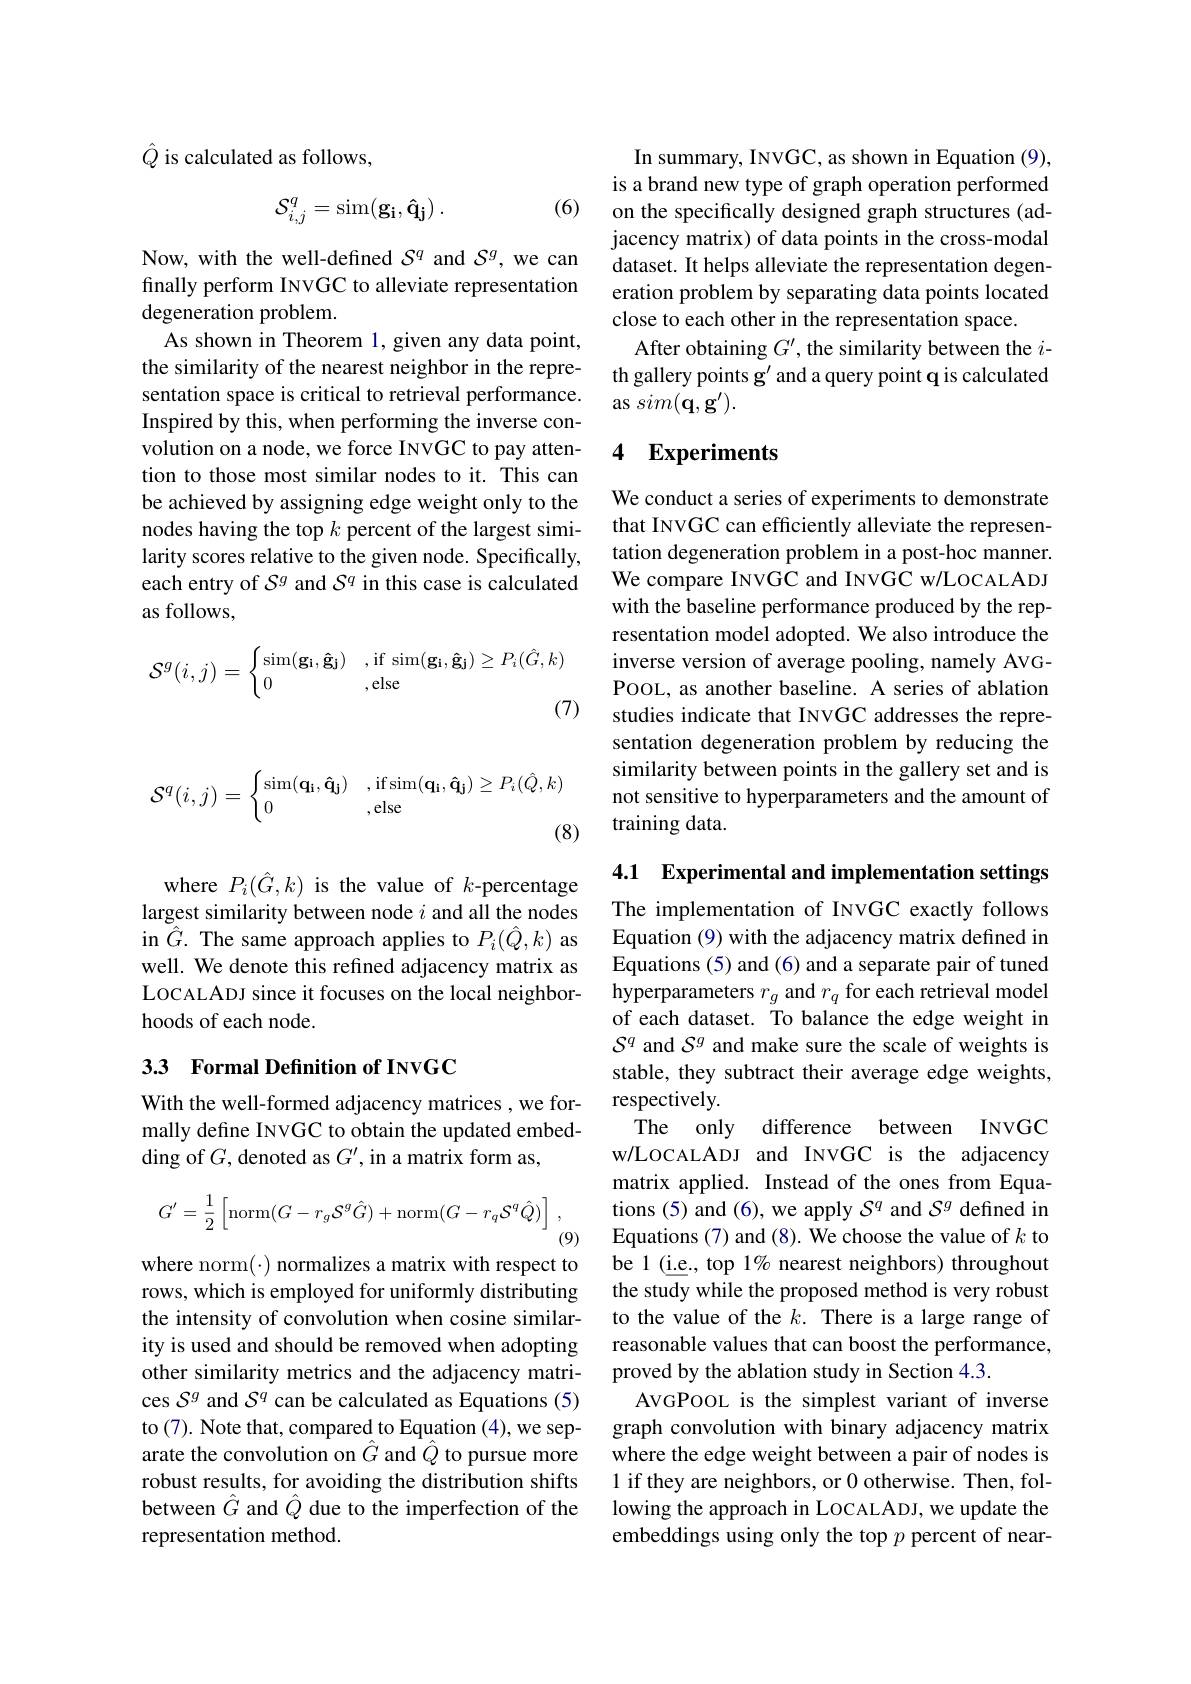
$\hat{Q}$ is calculated as follows,

(6)
$$\mathcal{S}_{i,j}^q=\sin(\mathbf{g_i},\mathbf{\hat{q}_j})\:.$$
Now, with the well-defined $S^q$ and $S^g$, we can finally perform INVGC to alleviate representation degeneration problem.
As shown in Theorem 1, given any data point, the similarity of the nearest neighbor in the representation space is critical to retrieval performance. Inspired by this, when performing the inverse convolution on a node, we force INVGC to pay attention to those most similar nodes to it. This can be achieved by assigning edge weight only to the nodes having the top $k$ percent of the largest similarity scores relative to the given node. Specifically, each entry of $S^g$ and $S^q$ in this case is calculated as follows,
$$\mathcal{S}^g(i,j)=\begin{cases}\sin(\mathbf{g_i},\mathbf{\hat{g_j}})&\text{,if sim}(\mathbf{g_i},\mathbf{\hat{g_j}})\ge P_i(\hat{G},k)\\0&\text{,else}\end{cases}$$
(7)
$$\mathcal{S}^q(i,j)=\begin{cases}\sin(\mathbf{q_i},\mathbf{\hat{q_j}})&\text{,if}\sin(\mathbf{q_i},\mathbf{\hat{q_j}})\ge P_i(\hat{Q},k)\\0&\text{,else}\end{cases}$$
(8)

where $P_i(\hat{G},k)$ is the value of $k$-percentage largest similarity between node $i$ and all the nodes in $\hat{G}.$ The same approach applies to $P_i(\hat{Q},k)$ as well. We denote this refined adjacency matrix as LOCALADJ since it focuses on the local neighborhoods of each node.

## 33 Formal Definition of INVGC

With the well-formed adjacency matrices , we formally define INVGC to obtain the updated embedding of $G$,denoted as $G^\prime$, in a matrix form as,
$$G'=\frac{1}{2}\left[\mathrm{norm}(G-r_{g}\mathcal{S}^{g}\hat{G})+\mathrm{norm}(G-r_{q}\mathcal{S}^{q}\hat{Q})\right],$$
(9)

where norm(·) normalizes a matrix with respect to rows, which is employed for uniformly distributing the intensity of convolution when cosine similarity is used and should be removed when adopting other similarity metrics and the adjacency matrices $S^g$ and $S^q$ can be calculated as Equations (5) to (7). Note that, compared to Equation (4), we separate the convolution on $\hat{G}$ and $\hat{Q}$ to pursue more robust results, for avoiding the distribution shifts between $\hat{G}$ and $\hat Q$ due to the imperfection of the representation method.

In summary, INVGC, as shown in Equation (9), is a brand new type of graph operation performed on the specifically designed graph structures (adjacency matrix) of data points in the cross-modal dataset. It helps alleviate the representation degeneration problem by separating data points located close to each other in the representation space.
After obtaining $G^\prime$, the similarity between the $i$- th gallery points g' and a query point q is calculated $\textbf{as }sim( \mathbf{q} , \mathbf{g} ^{\prime }) .$

## 4 Experiments

We conduct a series of experiments to demonstrate that INVGC can efficiently alleviate the representation degeneration problem in a post-hoc manner. We compare INVGC and INVGC w/LOCALADJ with the baseline performance produced by the representation model adopted. We also introduce the inverse version of average pooling, namely AVGPOOL, as another baseline. A series of ablation studies indicate that INVGC addresses the representation degeneration problem by reducing the similarity between points in the gallery set and is not sensitive to hyperparameters and the amount of training data.

4.1 Experimental and implementation settings

The implementation of INVGC exactly follows Equation (9) with the adjacency matrix defined in Equations (5) and (6) and a separate pair of tuned hyperparameters $r_g$ and $r_q$ for each retrieval model of each dataset. To balance the edge weight in $S^q$ and $S^g$ and make sure the scale of weights is stable, they subtract their average edge weights, respectively.
The only difference between INVGC w/LOCALADJ and INVGC is the adjacency matrix applied. Instead of the ones from Equations (5) and (6), we apply $S^q$ and $S^g$ defined in Equations (7) and (8). We choose the value of $k$ to be 1 (i.e, top 1% nearest neighbors) throughout the study while the proposed method is very robust to the value of the $k.$ There is a large range of reasonable values that can boost the performance, proved by the ablation study in Section 4.3.
AVGPOOL is the simplest variant of inverse graph convolution with binary adjacency matrix where the edge weight between a pair of nodes is 1 if they are neighbors, or 0 otherwise. Then, following the approach in LOCALADJ, we update the embeddings using only the top $p$ percent of near-